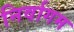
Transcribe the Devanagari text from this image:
निर्वागम